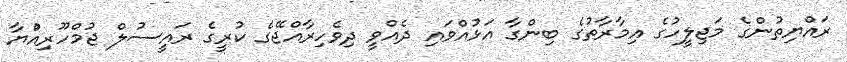
ރައްޔިތުންގެ މަޖިލީހުގެ އިމާރާތުގެ ބިންގާ އަޅުއްވައި ދެއްވީ ދިވެހިރާއްޖޭގެ ކުރީގެ ރައީސުލް ޖުމްހޫރިއްުޔާ